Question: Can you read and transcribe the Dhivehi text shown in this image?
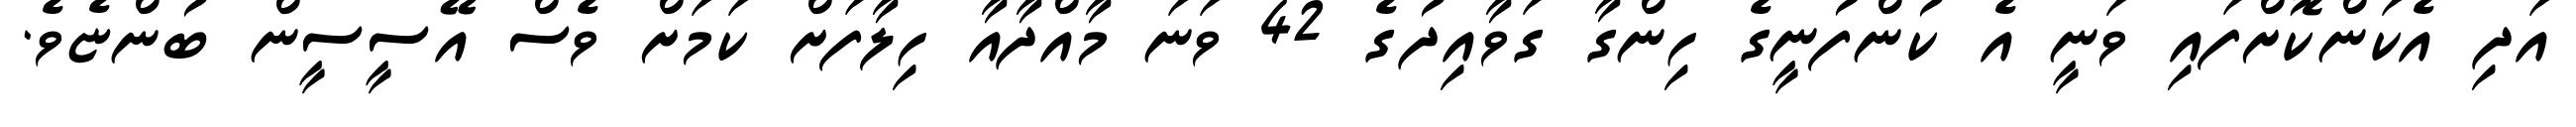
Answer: އަދި އެކަންކޮށްފައި ވަނީ އެ ކުންފުނީގެ ހިންގާ ގަވާއިދުގެ 42 ވަނަ މާއްދާއާ ހިލާފަށް ކަމަށް ވެސް އޭސީސީން ބުންޏެވެ.